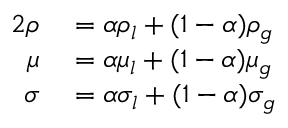
\begin{array} { r l } { { 2 } \rho } & { { } = \alpha \rho _ { l } + ( 1 - \alpha ) \rho _ { g } } \\ { \mu } & { { } = \alpha \mu _ { l } + ( 1 - \alpha ) \mu _ { g } } \\ { \sigma } & { { } = \alpha \sigma _ { l } + ( 1 - \alpha ) \sigma _ { g } } \end{array}